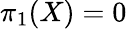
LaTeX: \pi_{1}(X)=0